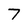
Character: 7